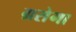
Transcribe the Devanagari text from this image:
ग्रसेगा